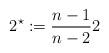
LaTeX: \begin{align*}2^{\star} := \frac{n-1}{n-2}2\end{align*}